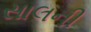
સાલની